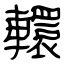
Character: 轘